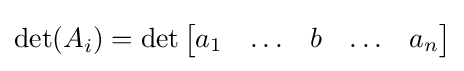
\det(A_{i})=\det {\begin{bmatrix}a_{1}&\ldots &b&\ldots &a_{n}\end{bmatrix}}